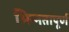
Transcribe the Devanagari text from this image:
भिन्‍नतापूर्ण